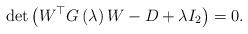
LaTeX: \begin{align*}\det\left(W^{\top}G\left(\lambda\right)W-D+\lambda I_{2}\right)=0.\end{align*}